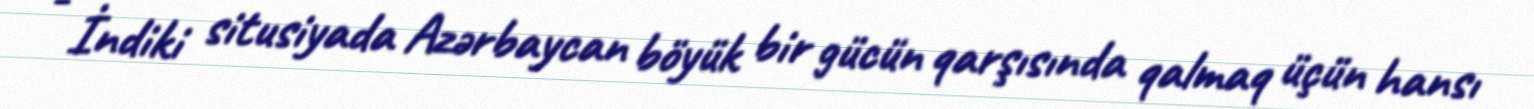
- İndiki situsiyada Azərbaycan böyük bir gücün qarşısında qalmaq üçün hansı